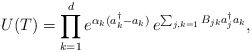
\begin{align*}U(T)=\prod_{k=1}^{d}e^{\alpha_k(a_k^{\dagger}-a_{k})}\,e^{\sum_{j,k=1} B_{jk}a_{j}^{\dagger}a_{k}},\end{align*}